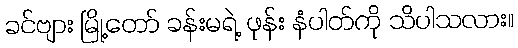
ခင်ဗျား မြို့တော် ခန်းမရဲ့ ဖုန်း နံပါတ်ကို သိပါသလား။